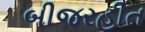
બીજરહીત